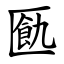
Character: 㔲